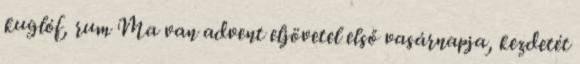
kuglóf, rum Ma van advent eljövetel első vasárnapja, kezdetét